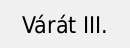
Várát III.